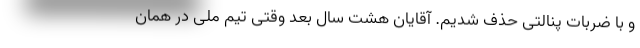
و با ضربات پنالتی حذف شدیم. آقایان هشت سال بعد وقتی تیم ملی در همان